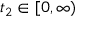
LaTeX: t _ { 2 } \in [ 0 , \infty )